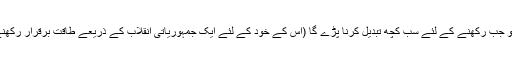
دوسرے کا مقابلہ اشرفی شہزادے گیٹوپارڈودوم کے ساتھ کیا جا سکتا ہے جس کا دعٰوی تھا کہ چیزوں کو جب رکھنے کے لئے سب کچھ تبدیل کرنا پڑے گا (اس کے خود کے لئے ایک جمہوریاتی انقلاب کے ذریعے طاقت برقرار رکھنے کے لئے) صرف اتنا کہنا کہ روائیتی طاقت برقرار رکھنے کے لئے ہمیں جدیدیت کا لبادہ اوڑھنا ہوگا۔